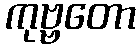
ကုဗ္ဗတော